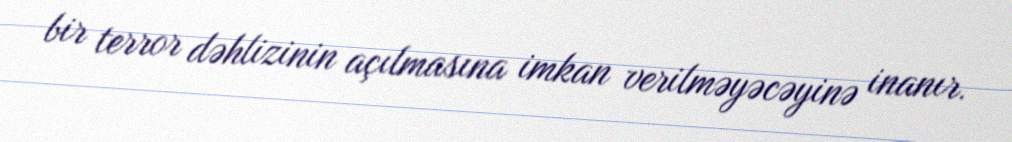
bir terror dəhlizinin açılmasına imkan verilməyəcəyinə inanır.